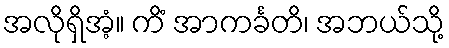
အလိုရှိအံ့။ ကိံ အာကင်္ခတိ၊ အဘယ်သို့